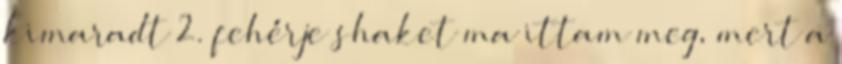
kimaradt 2. fehérje shaket ma ittam meg, mert a